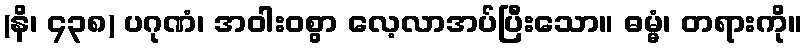
(နိ၊ ၄၃၈) ပဂုဏံ၊ အဝါးဝစွာ လေ့လာအပ်ပြီးသော။ ဓမ္မံ၊ တရားကို။